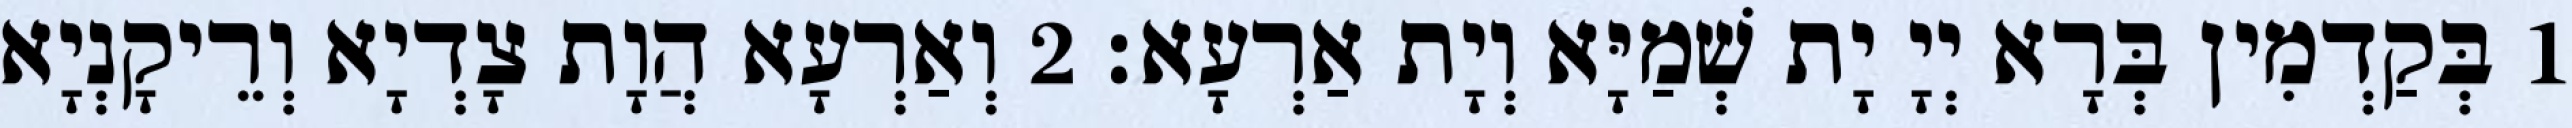
1 בְּקַדְמִין בְּרָא יְיָ יָת שְׁמַיָּא וְיָת אַרְעָא׃ 2 וְאַרְעָא הֲוָת צָדְיָא וְרֵיקָנְיָא